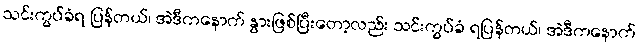
သင်းကွပ်ခံရ ပြန်တယ်၊ အဲဒီကနောက် နွားဖြစ်ပြီးတော့လည်း သင်းကွပ်ခံ ရပြန်တယ်၊ အဲဒီကနောက်